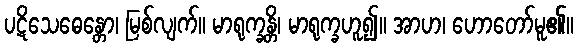
ပဋိသေဓေန္တော၊ မြစ်လျက်။ မာရုက္ခန္တိ၊ မာရုက္ခဟူ၍။ အာဟ၊ ဟောတော်မူ၏။